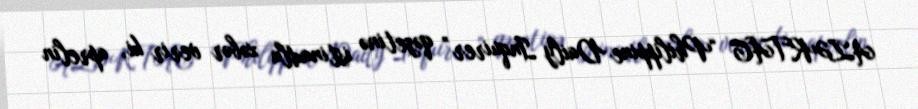
AZƏRTAC “Philippine Daily Inquirer” qəzetinə istinadla xəbər verir ki, aprelin